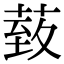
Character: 𦳙